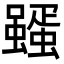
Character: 𮕊